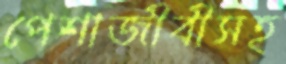
পেশাজীবীসহ